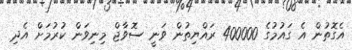
އެގޮތުން އެ ގައުމުގެ 400000 ރައްޔިތުން ވަނީ ސޮވާޖް މިނިވަން ކުރުމަށް އެދި